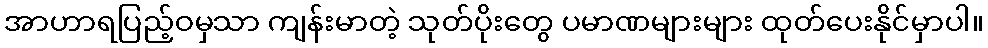
အာဟာရပြည့်ဝမှသာ ကျန်းမာတဲ့ သုတ်ပိုးတွေ ပမာဏများများ ထုတ်ပေးနိုင်မှာပါ။